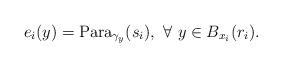
LaTeX: \begin{align*}e_i(y)={\rm Para}_{\gamma_y}(s_i), ~\forall~y\in B_{x_i}(r_i).\end{align*}